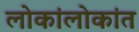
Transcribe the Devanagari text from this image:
लोकांलोकांत